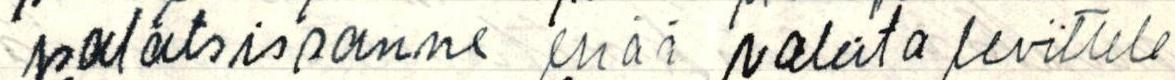
palatsissanne enää valeita levittele